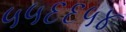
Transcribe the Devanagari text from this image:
५५६६५४